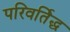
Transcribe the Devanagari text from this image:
परिवर्तिद्ध